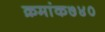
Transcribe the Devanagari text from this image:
क्रमांक७४०